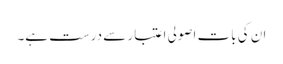
ان کی بات اصولی اعتبار سے درست ہے۔